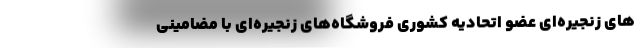
های زنجیره‌ای عضو اتحادیه کشوری فروشگاه‌های زنجیره‌ای با مضامینی